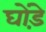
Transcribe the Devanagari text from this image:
घोंड़े